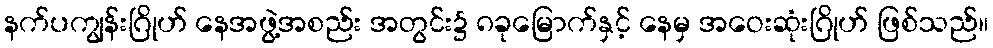
နက်ပကျွန်းဂြိုဟ် နေအဖွဲ့အစည်း အတွင်း၌ ၈ခုမြောက်နှင့် နေမှ အဝေးဆုံးဂြိုဟ် ဖြစ်သည်။